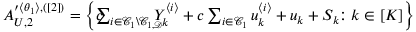
\begin{array} { r } { A _ { U , 2 } ^ { \prime \langle \theta _ { 1 } \rangle , ( [ 2 ] ) } = \biggl \{ c \! \! \! \! \sum _ { i \in \mathcal { C } _ { 1 } \backslash \mathcal { C } _ { 1 , \mathcal { D } } } \! \! \! \! \! Y _ { k } ^ { \langle i \rangle } + c \sum _ { i \in \mathcal { C } _ { 1 } } u _ { k } ^ { \langle i \rangle } + u _ { k } + S _ { k } \! \! : k \in [ K ] \biggr \} } \end{array}